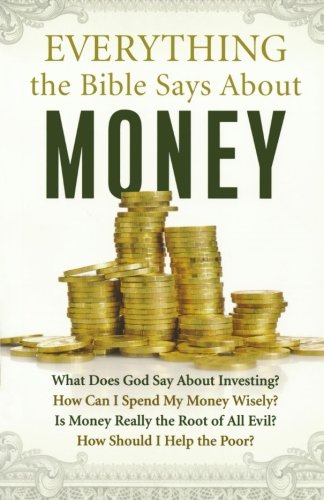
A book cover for Everything the Bible Says About Money; Christian Books & Bibles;